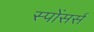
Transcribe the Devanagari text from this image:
स्पोंसर्स